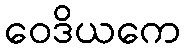
ဝေဒိယကေ